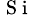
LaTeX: _{\mathrm{~S~i~}}